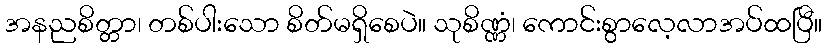
အနညစိတ္တာ၊ တစ်ပါးသော စိတ်မရှိစေပဲ။ သုစိဏ္ဏံ၊ ကောင်းစွာလေ့လာအပ်ထပြီ။